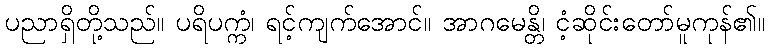
ပညာရှိတို့သည်။ ပရိပက္ကံ၊ ရင့်ကျက်အောင်။ အာဂမေန္တိ၊ ငံ့ဆိုင်းတော်မူကုန်၏။